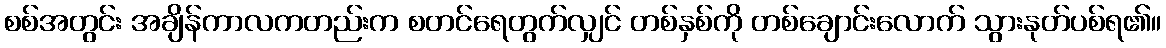
စစ်အတွင်း အချိန်ကာလကတည်းက စတင်ရေတွက်လျှင် တစ်နှစ်ကို တစ်ချောင်းလောက် သွားနုတ်ပစ်ရ၏။